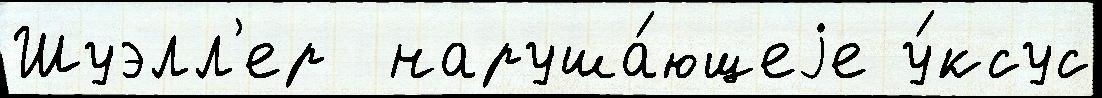
Шуэлл'ер  наруша́ющеjе у́ксус